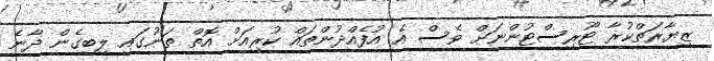
ޒިޔާރަތްކުރާ ޓޫރިސްޓުންނަށް ވެސް އެ އުފެއްދުންތައް ކުރިއަށް އޮތް ތަނުގައި ލިބިގެން ދާނެ